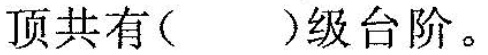
顶共有( )级台阶。